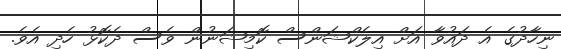
ނިހާދުގެ އެ ދައުވާ އަށް އިލެކްޝަންސް ކޮމިޝަނުން ވެސް ދެކޮޅު ހެދި އެވެ.